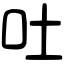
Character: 吐